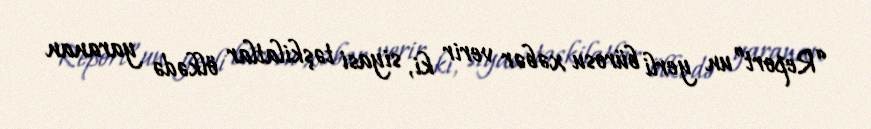
“Report”un yerli bürosu xəbər verir ki, siyasi təşkilatlar ölkədə yaranan